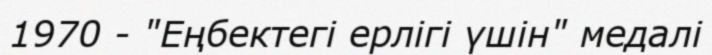
1970 - "Еңбектегі ерлігі үшін" медалі